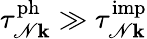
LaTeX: \tau_{\mathscr{N}\mathbf{k}}^{\mathrm{{ph}}}\gg\tau_{\mathscr{N}\mathbf{k}}^{\mathrm{{imp}}}